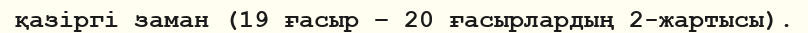
қазіргі заман (19 ғасыр – 20 ғасырлардың 2-жартысы).